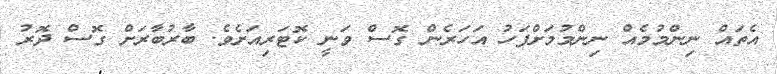
އެތައް ނިންމުމެއް ނިންމުމަށްފަހު އަހަރެން ގޮސް ވަނީ ކޮޓަރިއަށެވެ. ބާރުބާރަށް ގޮސް ދޮރު